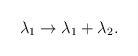
LaTeX: \begin{align*}\lambda_{1} \to \lambda_{1} + \lambda_{2}.\end{align*}